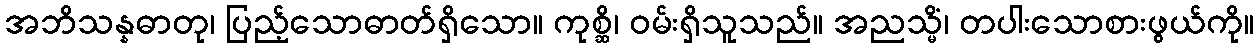
အဘိသန္နဓာတု၊ ပြည့်သောဓာတ်ရှိသော။ ကုစ္ဆိ၊ ဝမ်းရှိသူသည်။ အညသ္မိံ၊ တပါးသောစားဖွယ်ကို။